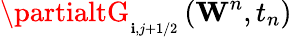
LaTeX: \partialtG_{_{\mathbf{i},j+1/2}}^{{}}\left({{\mathbf{{W}}}^{n}},{{t}_{n}}\right)